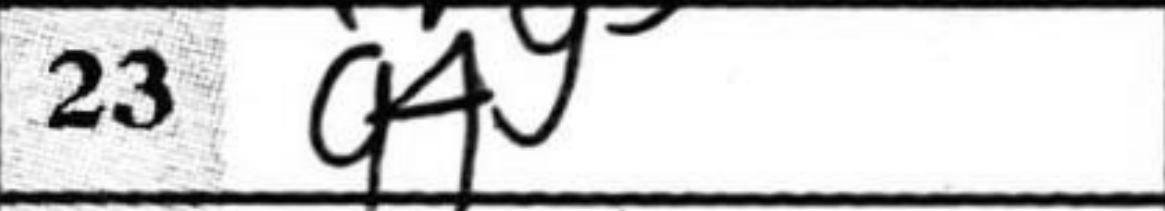
Transcription: g4